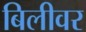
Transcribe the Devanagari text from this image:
बिलीवर